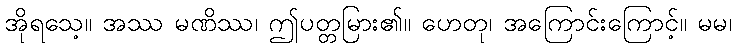
အိုရသေ့။ အဿ မဏိဿ၊ ဤပတ္တမြား၏။ ဟေတု၊ အကြောင်းကြောင့်။ မမ၊